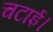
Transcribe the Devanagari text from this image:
चटाई।